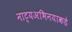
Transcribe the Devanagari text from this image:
नाट्यअभिनयाकडे